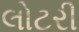
લોટરી